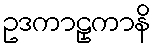
ဥဒကာဠှကာနိ